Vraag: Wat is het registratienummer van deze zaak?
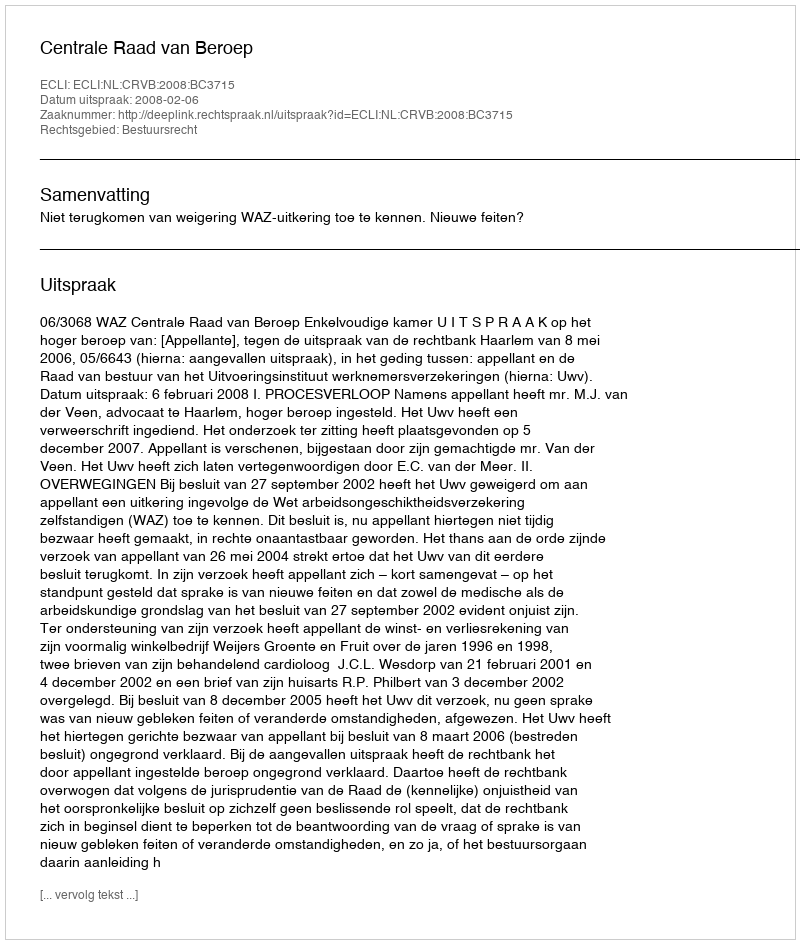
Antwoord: http://deeplink.rechtspraak.nl/uitspraak?id=ECLI:NL:CRVB:2008:BC3715